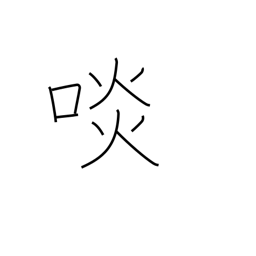
Meaning: eat